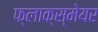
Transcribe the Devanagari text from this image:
फ्लाक्स्मेयर